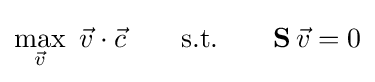
\max _{\vec {v}}\ {\vec {v}}\cdot {\vec {c}}\qquad {\textrm {s.t.}}\qquad \mathbf {S} \,{\vec {v}}=0